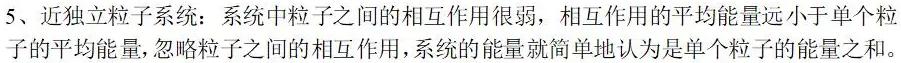
5、近独立粒子系统：系统中粒子之间的相互作用很弱，相互作用的平均能量远小于单个粒子的平均能量，忽略粒子之间的相互作用，系统的能量就简单地认为是单个粒子的能量之和。